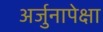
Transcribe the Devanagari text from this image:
अर्जुनापेक्षा